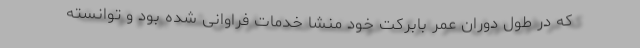
که در طول دوران عمر بابرکت خود منشا خدمات فراوانی شده بود و توانسته